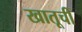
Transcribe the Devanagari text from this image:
खातूची